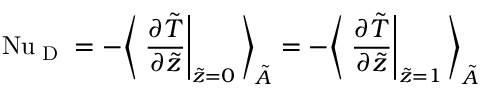
\ifmmode \mathrm { N u } _ { \textrm { D } } \else \mathrm { N u } _ { \textrm { D } } \fi = - \Bigg \langle \left. \frac { \partial \tilde { T } } { \partial \tilde { z } } \right| _ { \tilde { z } = 0 } \Bigg \rangle _ { \tilde { A } } = - \Bigg \langle \left. \frac { \partial \tilde { T } } { \partial \tilde { z } } \right| _ { \tilde { z } = 1 } \Bigg \rangle _ { \tilde { A } }